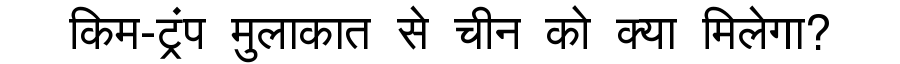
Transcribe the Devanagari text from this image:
किम-ट्रंप मुलाकात से चीन को क्या मिलेगा?